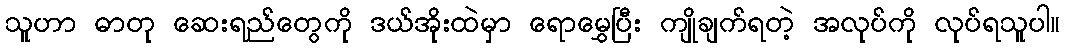
သူဟာ ဓာတု ဆေးရည်တွေကို ဒယ်အိုးထဲမှာ ရောမွှေပြီး ကျိုချက်ရတဲ့ အလုပ်ကို လုပ်ရသူပါ။